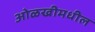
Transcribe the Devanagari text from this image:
ओळखीमधील